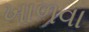
ખાળવા